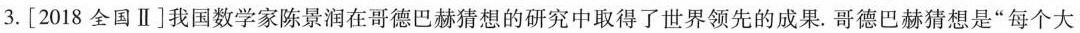
3.[2018全国Ⅱ]我国数学家陈景润在哥德巴赫猜想的研究中取得了世界领先的成果.哥德巴赫猜想是”每个大